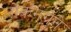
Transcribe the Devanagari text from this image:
लोकगंगेने